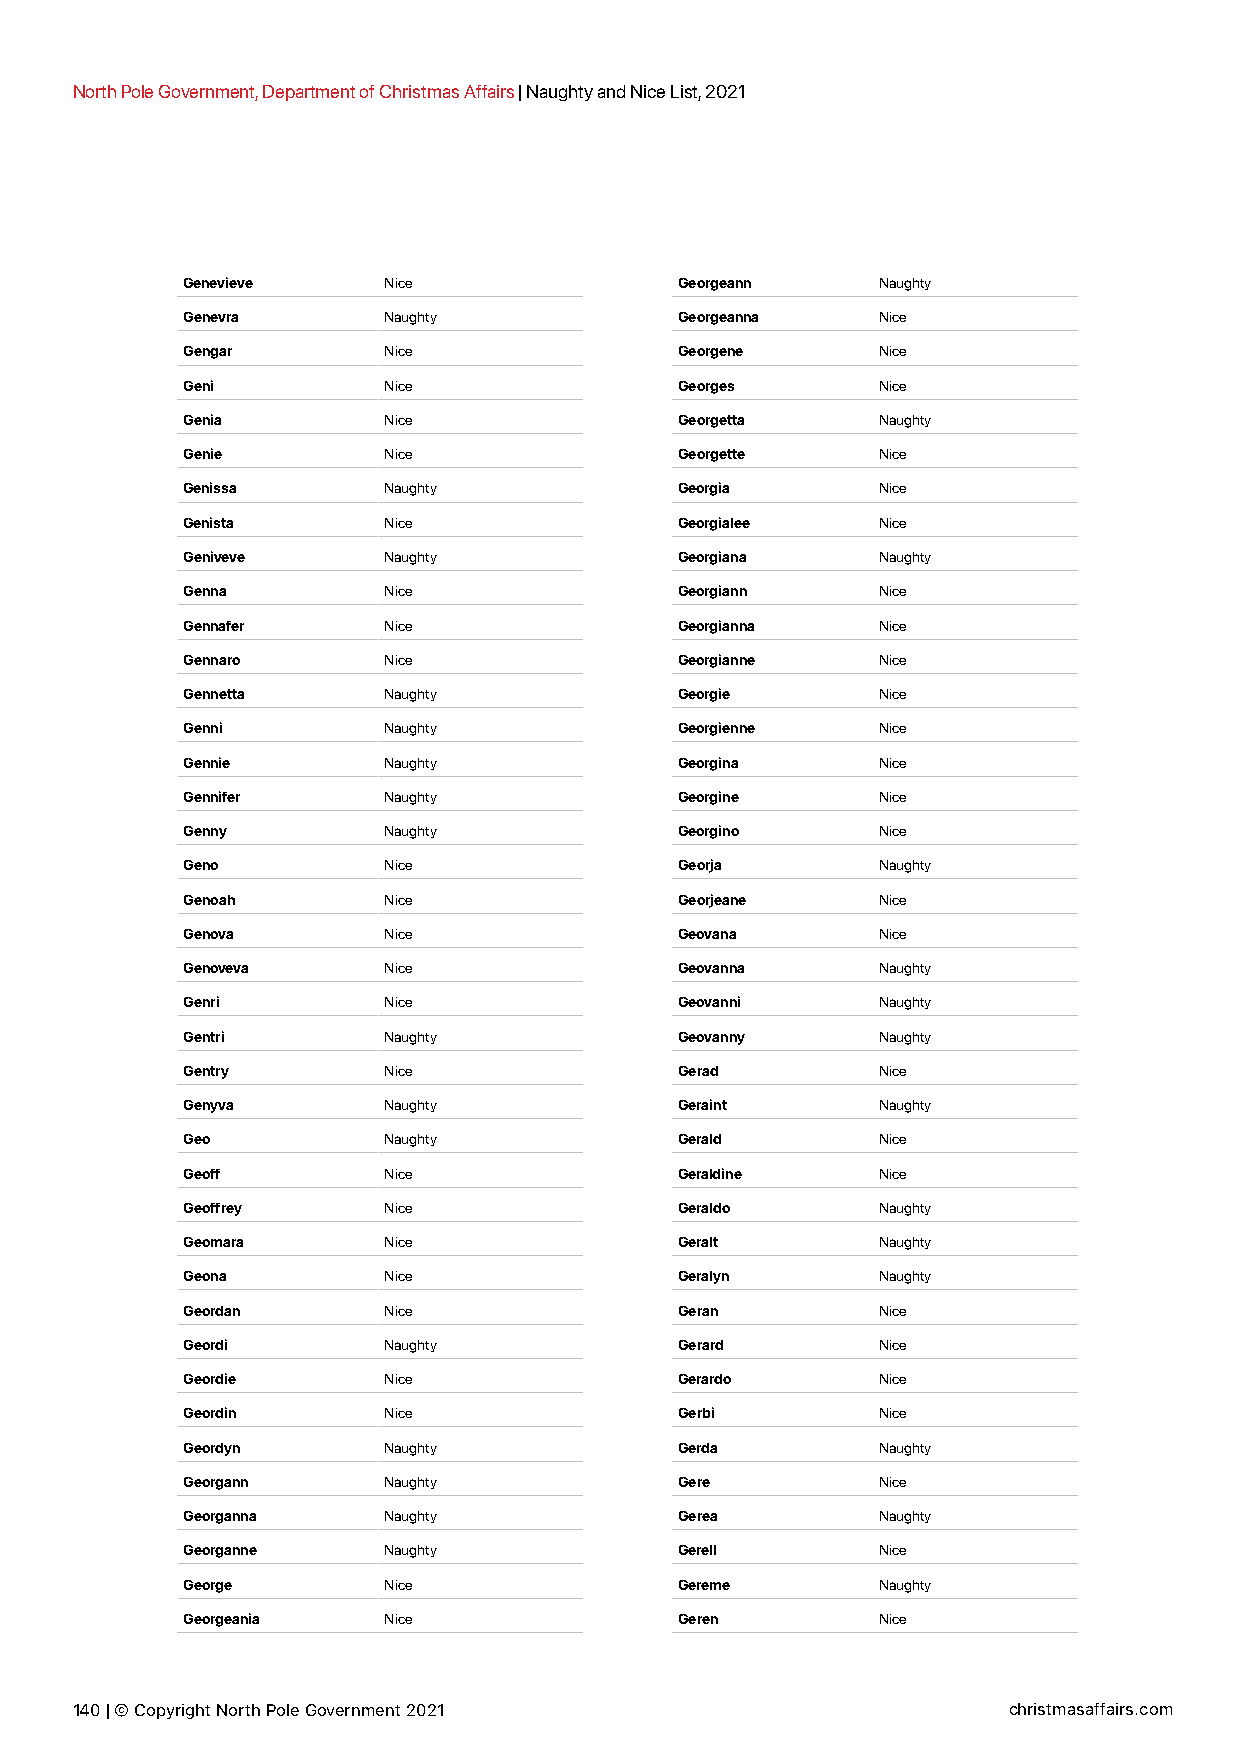
North Pole Government, Department of Christmas Affairs | Naughty and Nice List, 2021
 Genevieve    Nice                Georgeann    Naughty
 Genevra      Naughty             Georgeanna   Nice
 Gengar       Nice                Georgene     Nice
 Geni         Nice                Georges      Nice
 Genia        Nice                Georgetta    Naughty
 Genie        Nice                Georgette    Nice
 Genissa      Naughty             Georgia      Nice
 Genista      Nice                Georgialee   Nice
 Geniveve     Naughty             Georgiana    Naughty
 Genna        Nice                Georgiann    Nice
 Gennafer     Nice                Georgianna   Nice
 Gennaro      Nice                Georgianne   Nice
 Gennetta     Naughty             Georgie      Nice
 Genni        Naughty             Georgienne   Nice
 Gennie       Naughty             Georgina     Nice
 Gennifer     Naughty             Georgine     Nice
 Genny        Naughty             Georgino     Nice
 Geno         Nice                Georja       Naughty
 Genoah       Nice                Georjeane    Nice
 Genova       Nice                Geovana      Nice
 Genoveva     Nice                Geovanna     Naughty
 Genri        Nice                Geovanni     Naughty
 Gentri       Naughty             Geovanny     Naughty
 Gentry       Nice                Gerad        Nice
 Genyva       Naughty             Geraint      Naughty
 Geo          Naughty             Gerald       Nice
 Geoff        Nice                Geraldine    Nice
 Geoffrey     Nice                Geraldo      Naughty
 Geomara      Nice                Geralt       Naughty
 Geona        Nice                Geralyn      Naughty
 Geordan      Nice                Geran        Nice
 Geordi       Naughty             Gerard       Nice
 Geordie      Nice                Gerardo      Nice
 Geordin      Nice                Gerbi        Nice
 Geordyn      Naughty             Gerda        Naughty
 Georgann     Naughty             Gere         Nice
 Georganna    Naughty             Gerea        Naughty
 Georganne    Naughty             Gerell       Nice
 George       Nice                Gereme       Naughty
 Georgeania   Nice                Geren        Nice
 140 | © Copyright North Pole Government 2021                  christmasaffairs.com